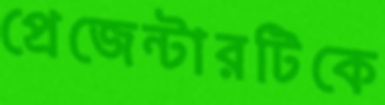
প্রেজেন্টারটিকে